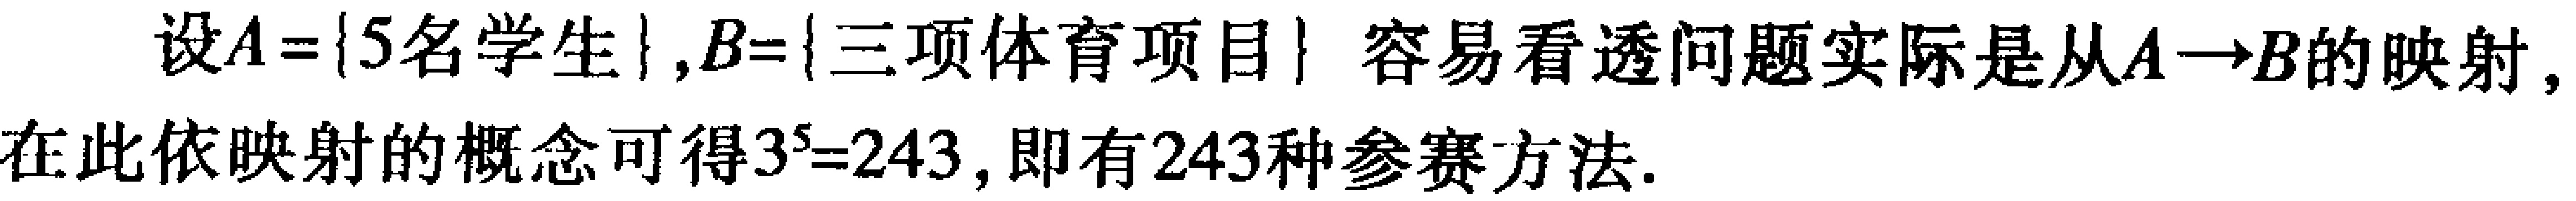
设\(A = \{5名学生\}, B = \{三项体育项目\}\)容易看透问题实际是从\(A \to B\)的映射, 在此依映射的概念可得\(3^{5} = 243\), 即有243种参赛方法.